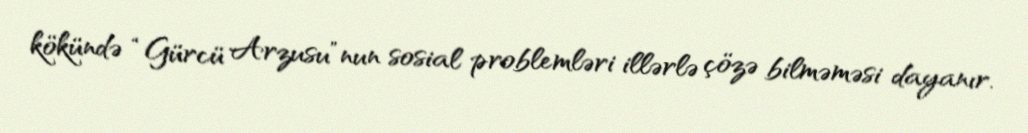
kökündə “Gürcü Arzusu”nun sosial problemləri illərlə çözə bilməməsi dayanır.